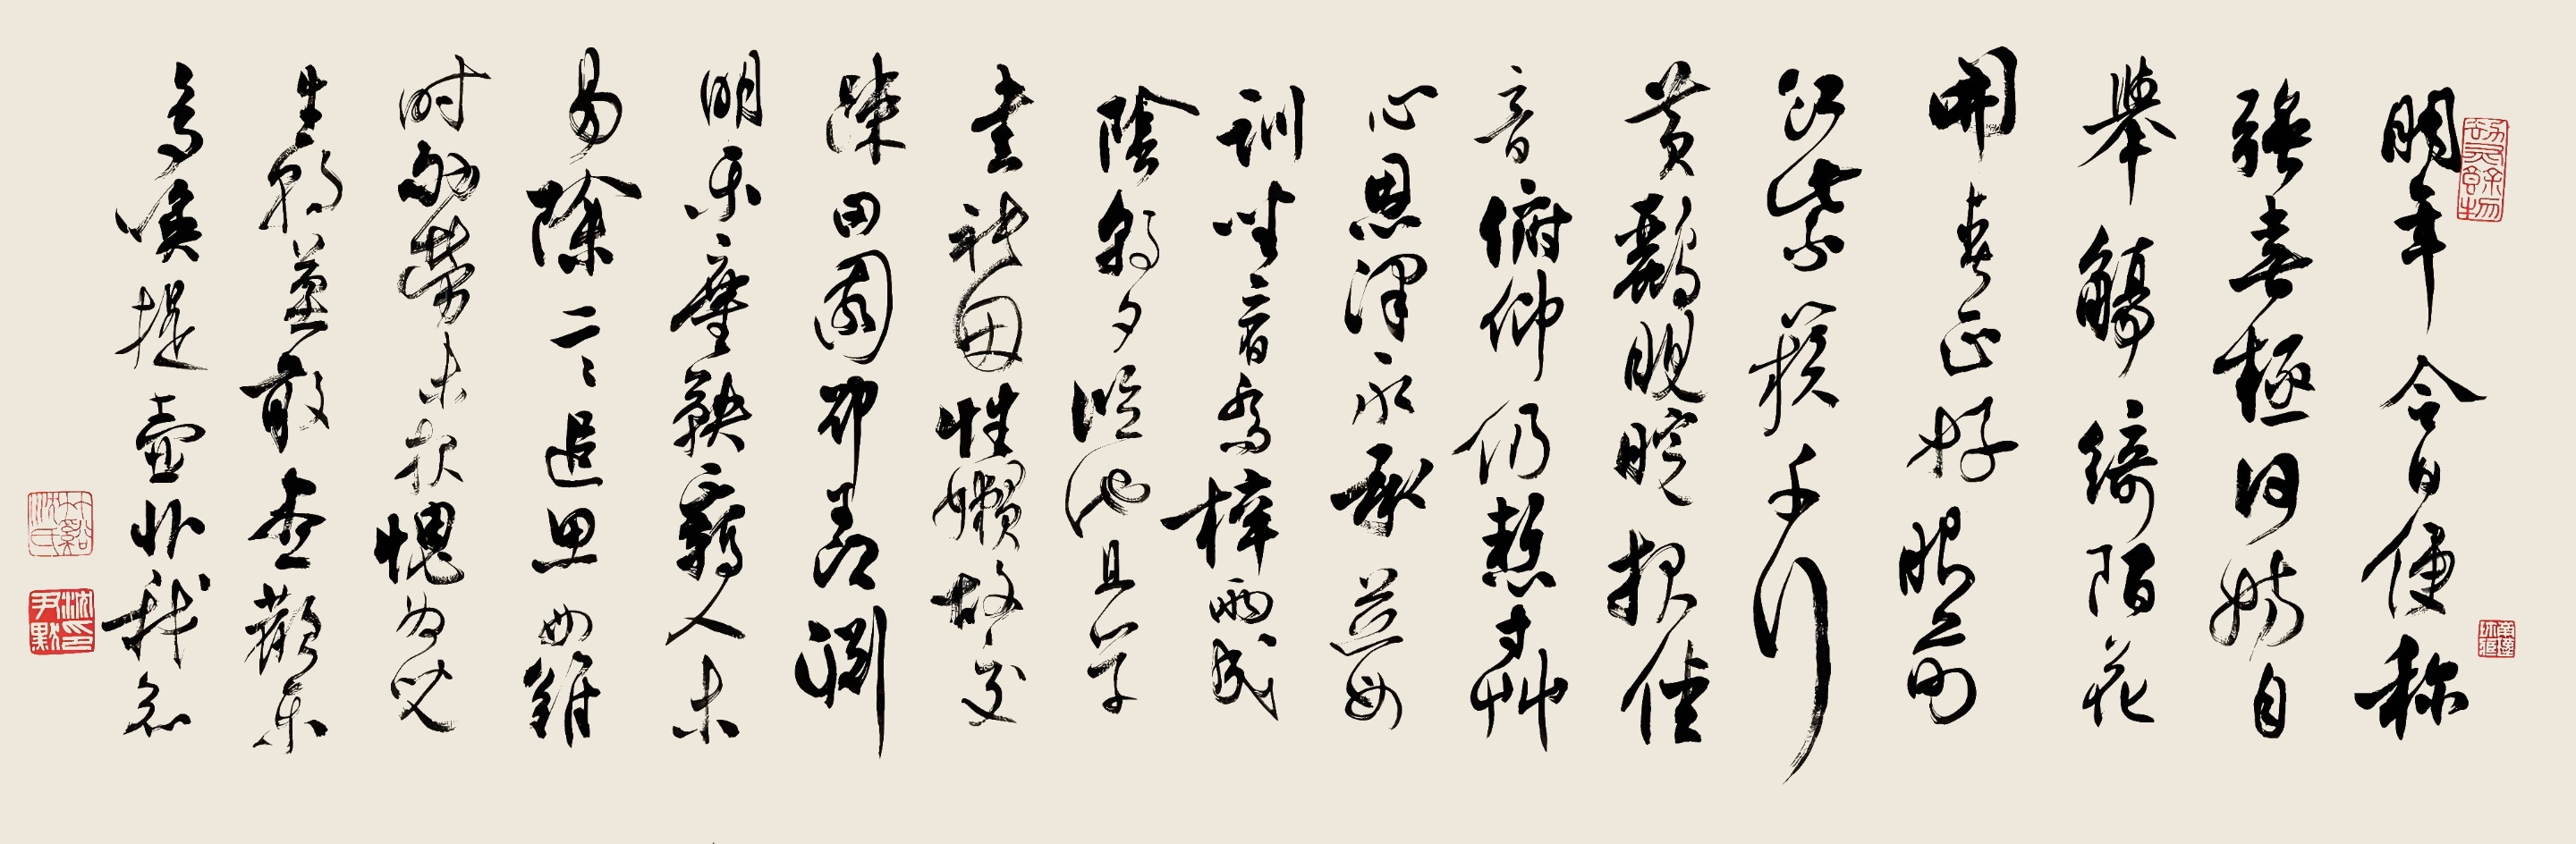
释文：明年今日便称强，喜极何妨自举觞。绮陌花开春正好，眼前红紫簇千行。黄丽■睆报佳音，俯仰仍惭寸草心。恩泽永承慈母训，坐看乔梓两成荫。朝夕临池且学书，只因性懒故交疏。田园确羡渊明乐，尘鞅羁人未易除。言追思母难时，劬劳未报愧为儿。生朝莫敢尽欢乐，多唤提壶非我欲。竹溪沈氏、沈尹默印、劫灰余物